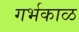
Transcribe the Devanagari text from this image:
गर्भकाळ